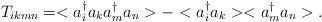
LaTeX: \begin{align*}T_{ikmn}=<a_{i}^{\dag}a_{k}a_{m}^{\dag}a_{n}>-<a_{i}^{\dag}a_{k}><a_{m}^{\dag}a_{n}>.\end{align*}